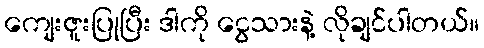
ကျေးဇူးပြုပြီး ဒါကို ငွေသားနဲ့ လိုချင်ပါတယ်။